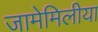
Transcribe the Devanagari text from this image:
जामेमिलीया